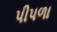
પીપળા